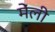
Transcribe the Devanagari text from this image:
मेंली